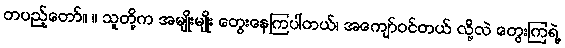
တပည့်တော်။ ။ သူတို့က အမျိုးမျိုး တွေးနေကြပါတယ်၊ အကျော်ဝင်တယ် လို့လဲ တွေးကြရဲ့